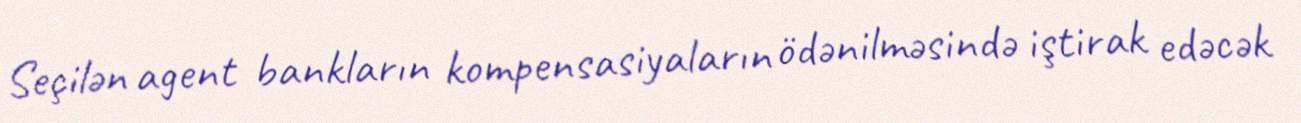
Seçilən agent bankların kompensasiyaların ödənilməsində iştirak edəcək